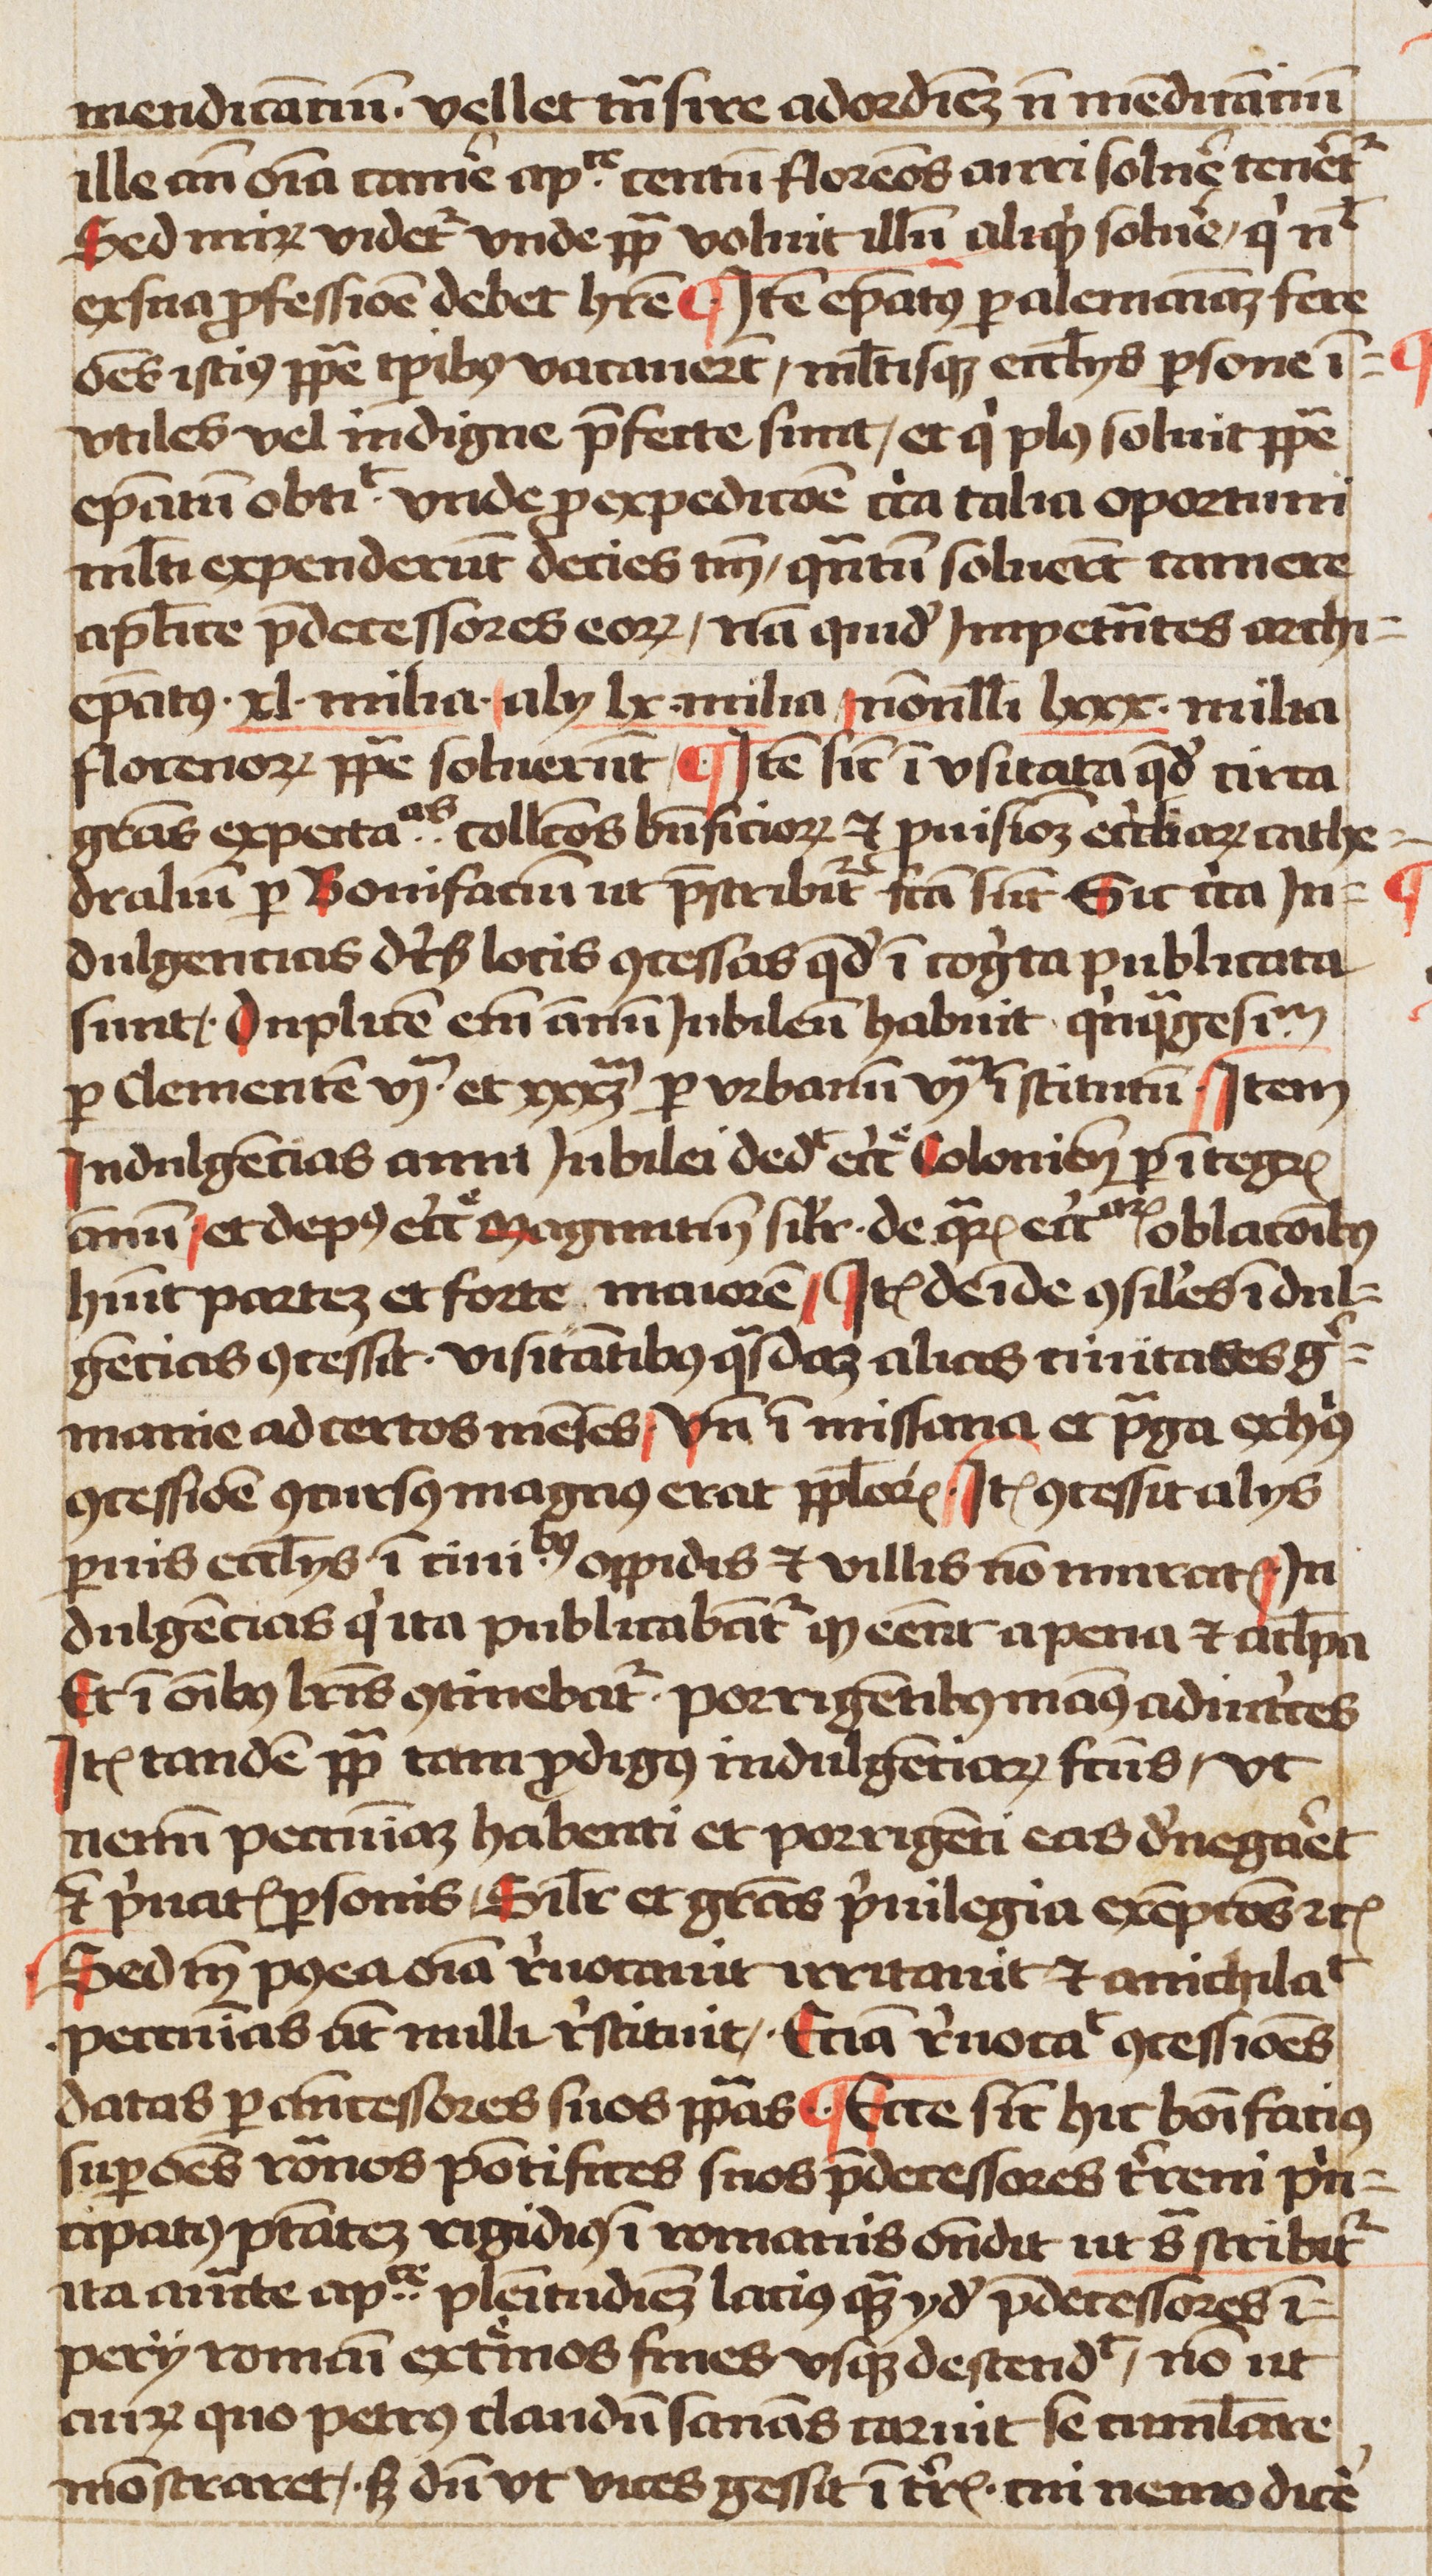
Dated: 1460–1490